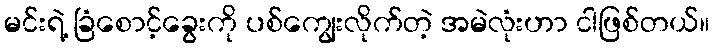
မင်းရဲ့ ခြံစောင့်ခွေးကို ပစ်ကျွေးလိုက်တဲ့ အမဲလုံးဟာ ငါဖြစ်တယ်။